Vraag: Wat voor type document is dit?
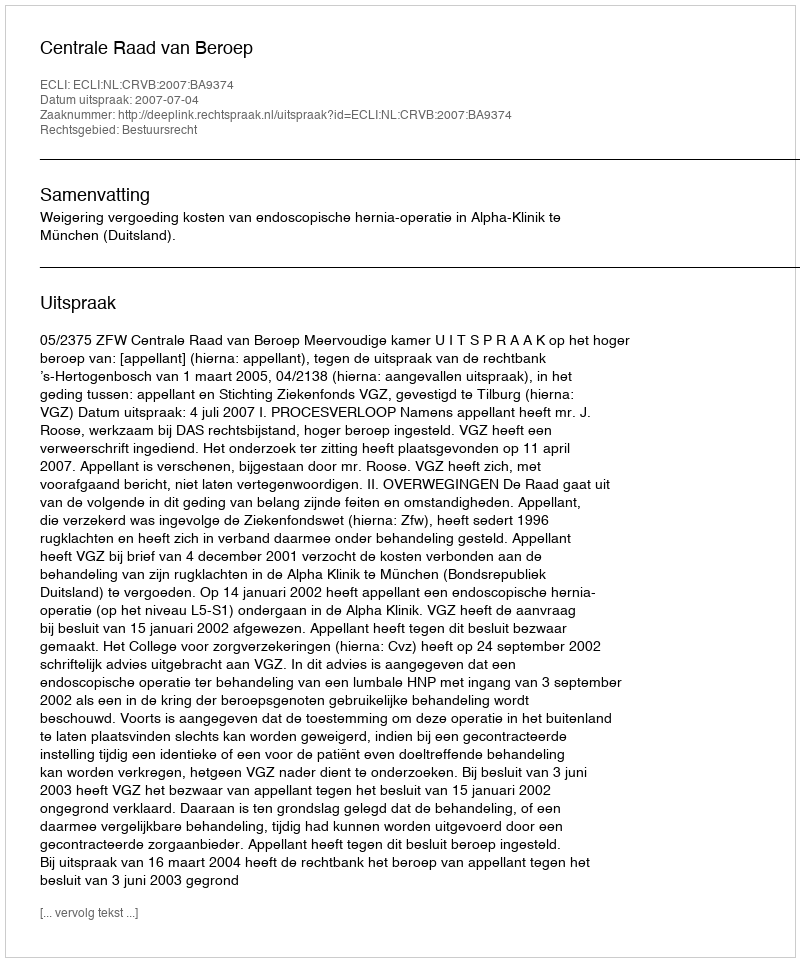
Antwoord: Uitspraak